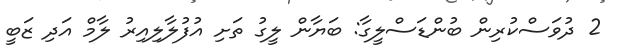
2 ދުވަަސްކުރިން ބުންޑަސްލީގާ: ބަޔާން ލީގު ތަށި އުފުލާލިއިރު ލާމް އަދި ޒަބީ